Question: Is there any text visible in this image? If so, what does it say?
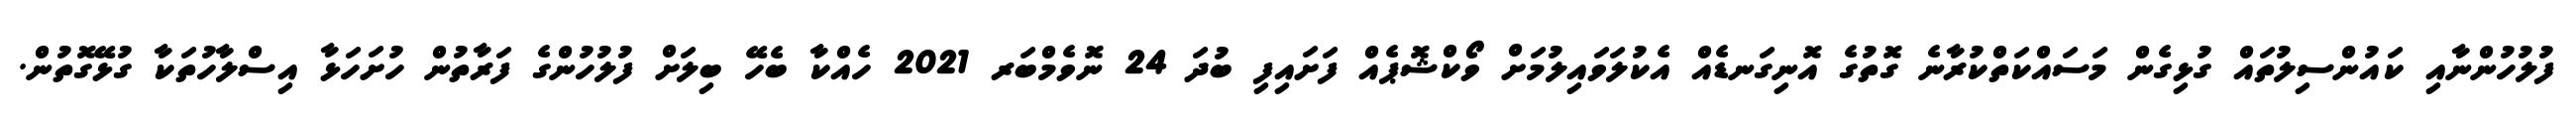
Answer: ފުލުހުންނާއި ކައުންސިލުތައް ގުޅިގެން މަސައްކަތްކުރާނެ ގޮތުގެ އޮނިގަނޑެއް އެކުލަވައިލުމަށް ވޯކްޝޮޕެއް ފަށައިފި ބުދަ 24 ނޮވެމްބަރ 2021 ހެއްކާ ބެހޭ ބިލަށް ފުލުހުންގެ ފަރާތުން ހުށަހަޅާ އިސްލާހުތަކާ ގުޅޭގޮތުން.